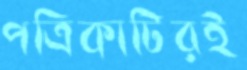
পত্রিকাটিরই